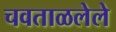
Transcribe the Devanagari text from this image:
चवताळलेले